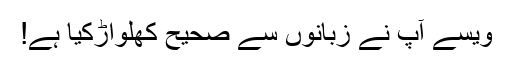
ویسے آپ نے زبانوں سے صحیح کھلواڑکیا ہے!